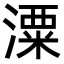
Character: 潥